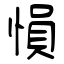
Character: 愪